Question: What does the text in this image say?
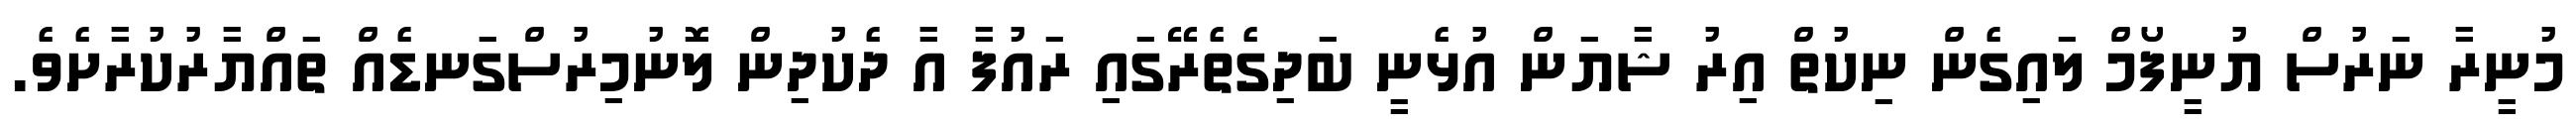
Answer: މުނީރާ ނަރުސް ޔުނީފޯމް ލައިގެން ނިކުތް އިރު ޝާޔަން އުޅެނީ ބަދިގެތެރޭގައި ރައުފާ އާ ދެކުދިން ލޮނުމިރުސްގަނޑެއް ތައްޔާރުކުރާށެވެ.